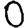
Digit: 0